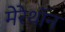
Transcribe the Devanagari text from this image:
मेरेथॉन